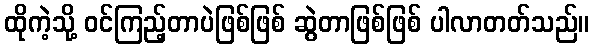
ထိုကဲ့သို့ ဝင်ကြည့်တာပဲဖြစ်ဖြစ် ဆွဲတာဖြစ်ဖြစ် ပါလာတတ်သည်။